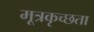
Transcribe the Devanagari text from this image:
मूत्रकृच्छता